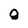
Character: g